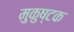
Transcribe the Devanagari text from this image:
मुकुष्टक